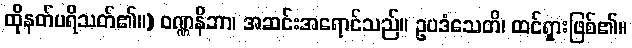
ထိုနတ်ပရိသတ်၏။) ဝဏ္ဏနိဘာ၊ အဆင်းအရောင်သည်။ ဥပဒံသေတိ၊ ထင်ရှားဖြစ်၏။